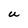
Character: U